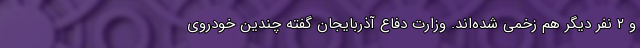
و ۲ نفر دیگر هم زخمی شده‌اند. وزارت دفاع آذربایجان گفته چندین خودروی